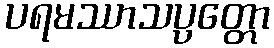
ပရမဿာသပ္ပတ္တော